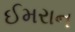
ઈમરાન